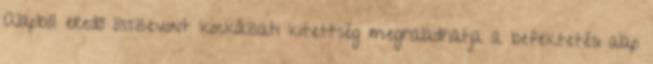
Alapból eredő összevont kockázati kitettség meghaladhatja a befektetési alap